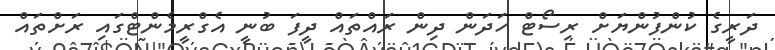
ދަރީގެ ކުންފުންޔަށް ރިސޯޓް ހަދަން ދިން ރައްތައް ދީފަ ބުނީ އެގްރީމެންޓްގައި ރަށްތައް